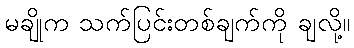
မချိုက သက်ပြင်းတစ်ချက်ကို ချလို့။